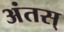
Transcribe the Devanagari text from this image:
अंतस्